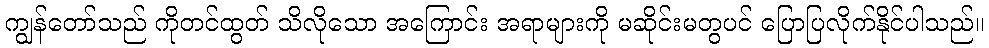
ကျွန်တော်သည် ကိုတင်ထွတ် သိလိုသော အကြောင်း အရာများကို မဆိုင်းမတွပင် ပြောပြလိုက်နိုင်ပါသည်။